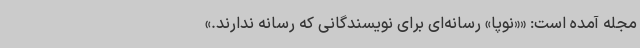
مجله آمده است: ««نوپا» رسانه‌ای برای نویسندگانی که رسانه ندارند.»